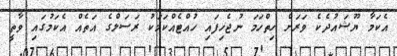
އެކަމާ ޔޫޝައުދެކެ ވަރަށް ހިތްހަމަ ނުޖެހިފައި ހުއްޓެއްކަމަކު ރަސަލްގެ އަތެއް އެކަމުގައި ވާތީ